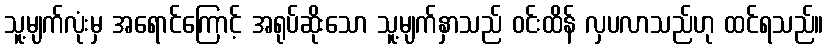
သူ့မျက်လုံးမှ အရောင်ကြောင့် အရုပ်ဆိုးသော သူ့မျက်နှာသည် ဝင်းထိန် လှပလာသည်ဟု ထင်ရသည်။